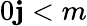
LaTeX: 0\le j<m